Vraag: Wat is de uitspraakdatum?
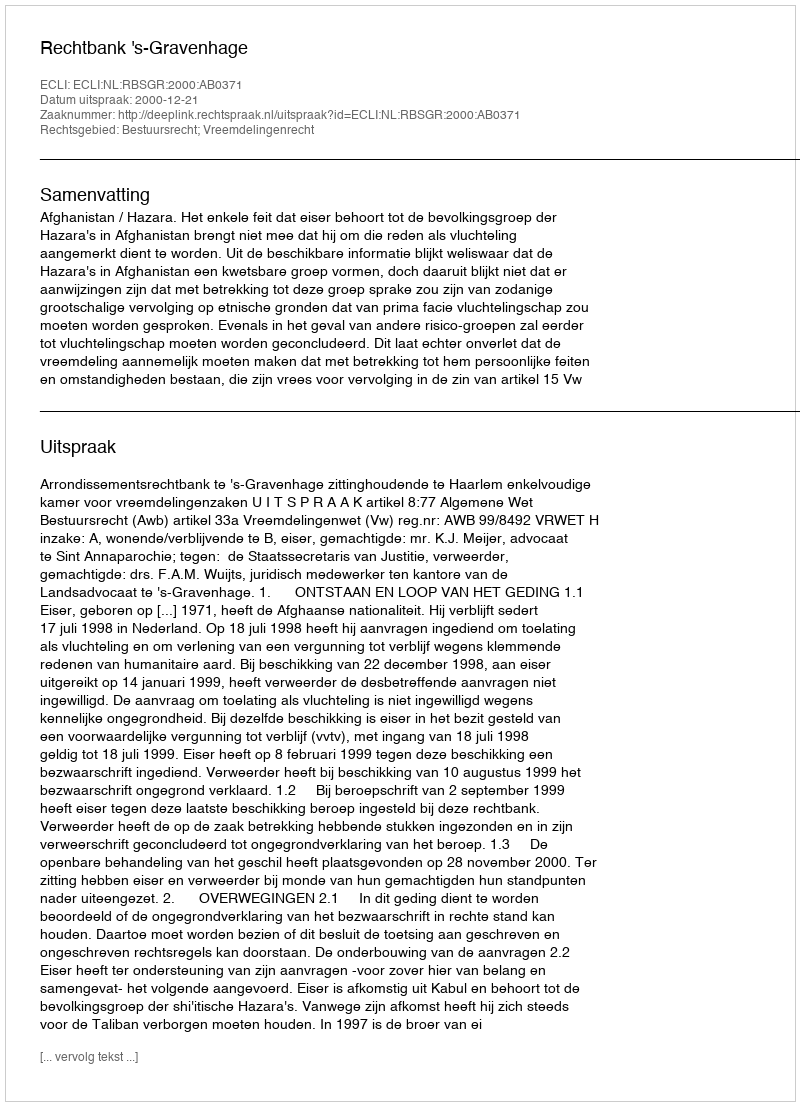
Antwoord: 2000-12-21